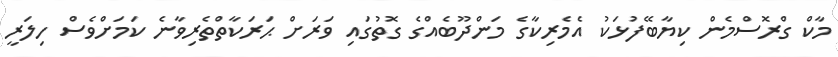
މާކް ގްރޮސްމެން ކިޔާބޭފުޅަކު އެމެރިކާގެ މަންދޫބެއްގެ ގޮތުގައި ވަރަށް ޙަރަކާތްތެރިވާނެ ކަމަށްވެސް ހިލަރީ